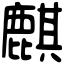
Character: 麒